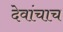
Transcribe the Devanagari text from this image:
देवांचाच